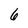
Character: 6